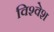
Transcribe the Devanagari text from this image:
विश्‍वेश